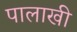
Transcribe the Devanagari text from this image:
पालाखी